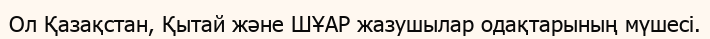
Ол Қазақстан, Қытай және ШҰАР жазушылар одақтарының мүшесі.